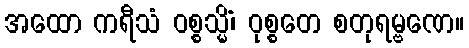
အထော ကရီသံ ဝစ္စသ္မိံ၊ ဝုစ္စတေ စတုရမ္ဗဏေ။